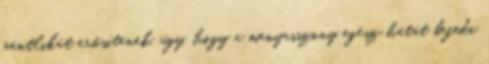
pántlikát erősítenek, úgy, hogy a menyasszony egész hátát befedi